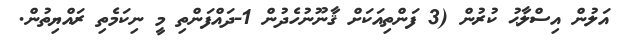
އަލުން އިސްލާޙު ކުރުން (3 ފަންތިއަކަށް ޤާނޫނުހެދުން 1-ދައްފަންތި މީ ނިކަމެތި ރައްޔިތުން.